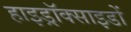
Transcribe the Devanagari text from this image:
हाइड्रॉक्साइडों